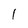
Character: 1